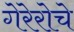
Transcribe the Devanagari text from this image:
गेरेरोचे